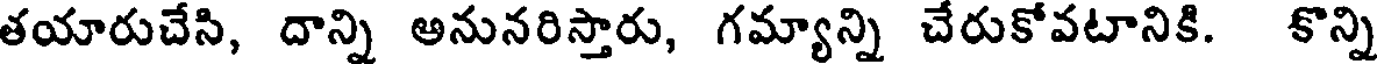
తయారుచేసి, దాన్ని అనునరిస్తారు, గమ్యాన్ని చేరుకోవటానికి. కొన్ని